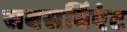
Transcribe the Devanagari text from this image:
सबसर्विएंट